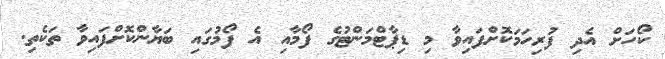
ކޯހަށް އެދި ފުރިހަމަކޮށްފައިވާ މި ޑިޕާޓްމަންޓުގެ ފޯމާއި އެ ފޯމުގައި ބަޔާންކޮށްފައިވާ ތަކެތި.